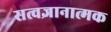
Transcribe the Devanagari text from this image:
सत्वज्ञानात्मक